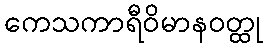
ကေသကာရီဝိမာနဝတ္ထု